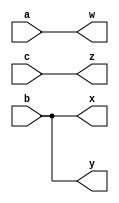
module top_module( 
    input a,b,c,
    output w,x,y,z );
	//Verilog by defaut makes all the inputs and outputs as wire unless stated as reg
    assign w = a;
    assign x = b;
    assign y = b;
    assign z = c;
    
endmodule